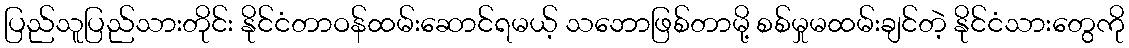
ပြည်သူပြည်သားတိုင်း နိုင်ငံတာဝန်ထမ်းဆောင်ရမယ့် သဘောဖြစ်တာမို့ စစ်မှုမထမ်းချင်တဲ့ နိုင်ငံသားတွေကို